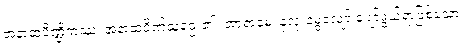
အနာထပိဏ္ဍိကဿ၊ အနာထပိဏ်သူဌေး၏။ အာရာမေ၊ နှလုံးမွေ့လျော် ပျော်ဖွယ်ရာဖြစ်သော။